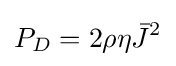
P_{D}=2\rho \eta {\bar {J}}^{2}